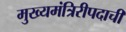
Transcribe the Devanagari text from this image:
मुख्यमंत्रिरीपदाची